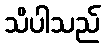
သိပါသည်